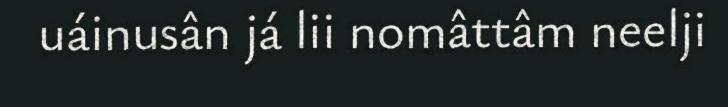
uáinusân já lii nomâttâm neelji